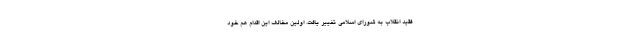
فقید انقلاب به شورای اسلامی تغییر یافت. اولین مخالف این اقدام هم خود